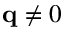
\mathbf q \neq 0